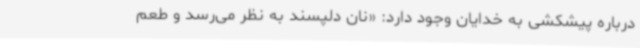
درباره پیشکشی به خدایان وجود دارد: «نان دلپسند به نظر می‌رسد و طعم